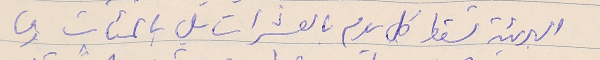
البريئة تسقط كل يوم بالعشرات بل بالمئات وما